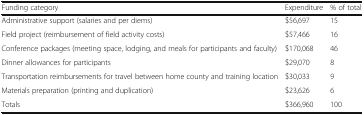
<table><thead><tr><td><b>Funding category</b></td><td><b>Expenditure</b></td><td><b>% of total</b></td></tr></thead><tbody><tr><td>Administrative support (salaries and per diems)</td><td>$56,697</td><td>15</td></tr><tr><td>Field project (reimbursement of field activity costs)</td><td>$57,466</td><td>16</td></tr><tr><td>Conference packages (meeting space, lodging, and meals for participants and faculty)</td><td>$170,068</td><td>46</td></tr><tr><td>Dinner allowances for participants</td><td>$29,070</td><td>8</td></tr><tr><td>Transportation reimbursements for travel between home county and training location</td><td>$30,033</td><td>9</td></tr><tr><td>Materials preparation (printing and duplication)</td><td>$23,626</td><td>6</td></tr><tr><td>Totals</td><td>$366,960</td><td>100</td></tr></tbody></table>